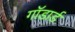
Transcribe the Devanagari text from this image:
गॉडार्ड